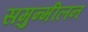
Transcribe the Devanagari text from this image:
समुन्मीलन